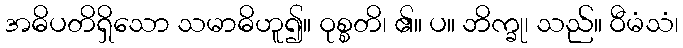
အဓိပတိရှိသော သမာဓိဟူ၍။ ဝုစ္စတိ၊ ၏။ ပ။ ဘိက္ခု၊ သည်။ ဝီမံသံ၊